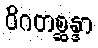
ဝိဂတစ္ဆန္ဒာ